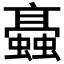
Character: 𧓚